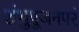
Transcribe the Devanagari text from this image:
शंभुपूजनपरं